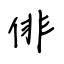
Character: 俳